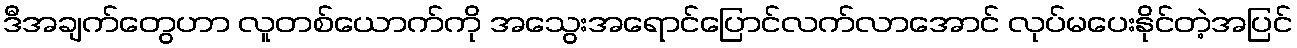
ဒီအချက်တွေဟာ လူတစ်ယောက်ကို အသွေးအရောင်ပြောင်လက်လာအောင် လုပ်မပေးနိုင်တဲ့အပြင်